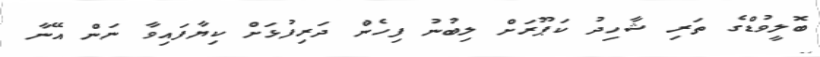
ބޮލީވުޑްގެ ތަރި ޝާހިދު ކަޕޫރަށް ލިބުނު ފިހެން ދަރިފުޅަށް ކިޔާފައިވާ ނަން އޭނާ